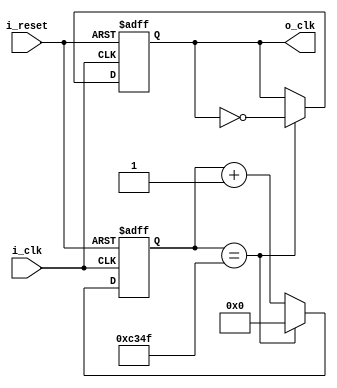
`timescale 1ns / 1ps
//////////////////////////////////////////////////////////////////////////////////
// Company: 
// Engineer: 
// 
// Design Name: 
// Module Name: clock_divider
// Project Name: 
// Target Devices: 
// Tool Versions: 
// Description: 
// 
// Dependencies: 
// 
// Revision:
// Revision 0.01 - File Created
// Additional Comments:
// 
//////////////////////////////////////////////////////////////////////////////////


module clock_divider(
    input i_clk,
    input i_reset,
    output o_clk
    );

    reg r_clk = 0;
    reg [31:0] r_counter = 0;
    assign o_clk = r_clk;

    always @(posedge i_clk or posedge i_reset) begin
        if(i_reset) begin
            r_clk <= 1'b0;
            r_counter <= 0;
        end
        else begin
            if(r_counter == 50_000-1) begin
                r_counter <= 0;
                r_clk <= ~r_clk;
            end
            else begin
                r_counter <= r_counter + 1;
            end
        end
    end
endmodule